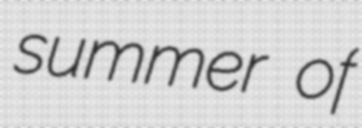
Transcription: summer of